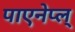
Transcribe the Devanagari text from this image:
पाएनेप्ल्